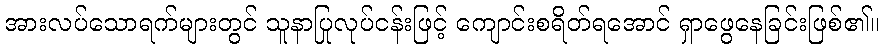
အားလပ်သောရက်များတွင် သူနာပြုလုပ်ငန်းဖြင့် ကျောင်းစရိတ်ရအောင် ရှာဖွေနေခြင်းဖြစ်၏။